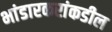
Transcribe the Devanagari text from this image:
भांडारकरांकडील